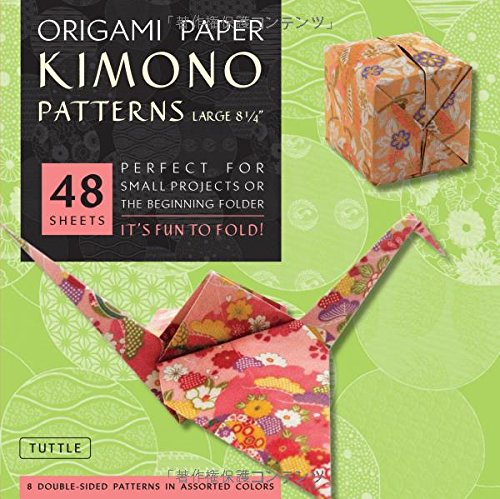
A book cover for Origami Paper - Kimono Patterns - Large 8 1/4" - 48 Sheets: (Tuttle Origami Paper); Arts & Photography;